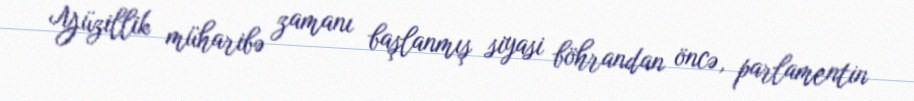
Yüzillik müharibə zamanı başlanmış siyasi böhrandan öncə, parlamentin